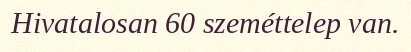
Hivatalosan 60 szeméttelep van.